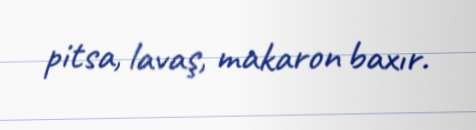
pitsa, lavaş, makaron baxır.